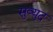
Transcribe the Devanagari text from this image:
सुव्युद